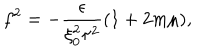
LaTeX: f ^ { 2 } = - \frac { \epsilon } { \xi _ { 0 } ^ { 2 } \tau ^ { 2 } } ( 1 + 2 m \mu ) ,